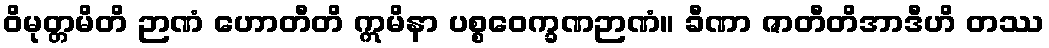
ဝိမုတ္တမိတိ ဉာဏံ ဟောတီတိ ဣမိနာ ပစ္စဝေက္ခဏဉာဏံ။ ခီဏာ ဇာတီတိအာဒီဟိ တဿ